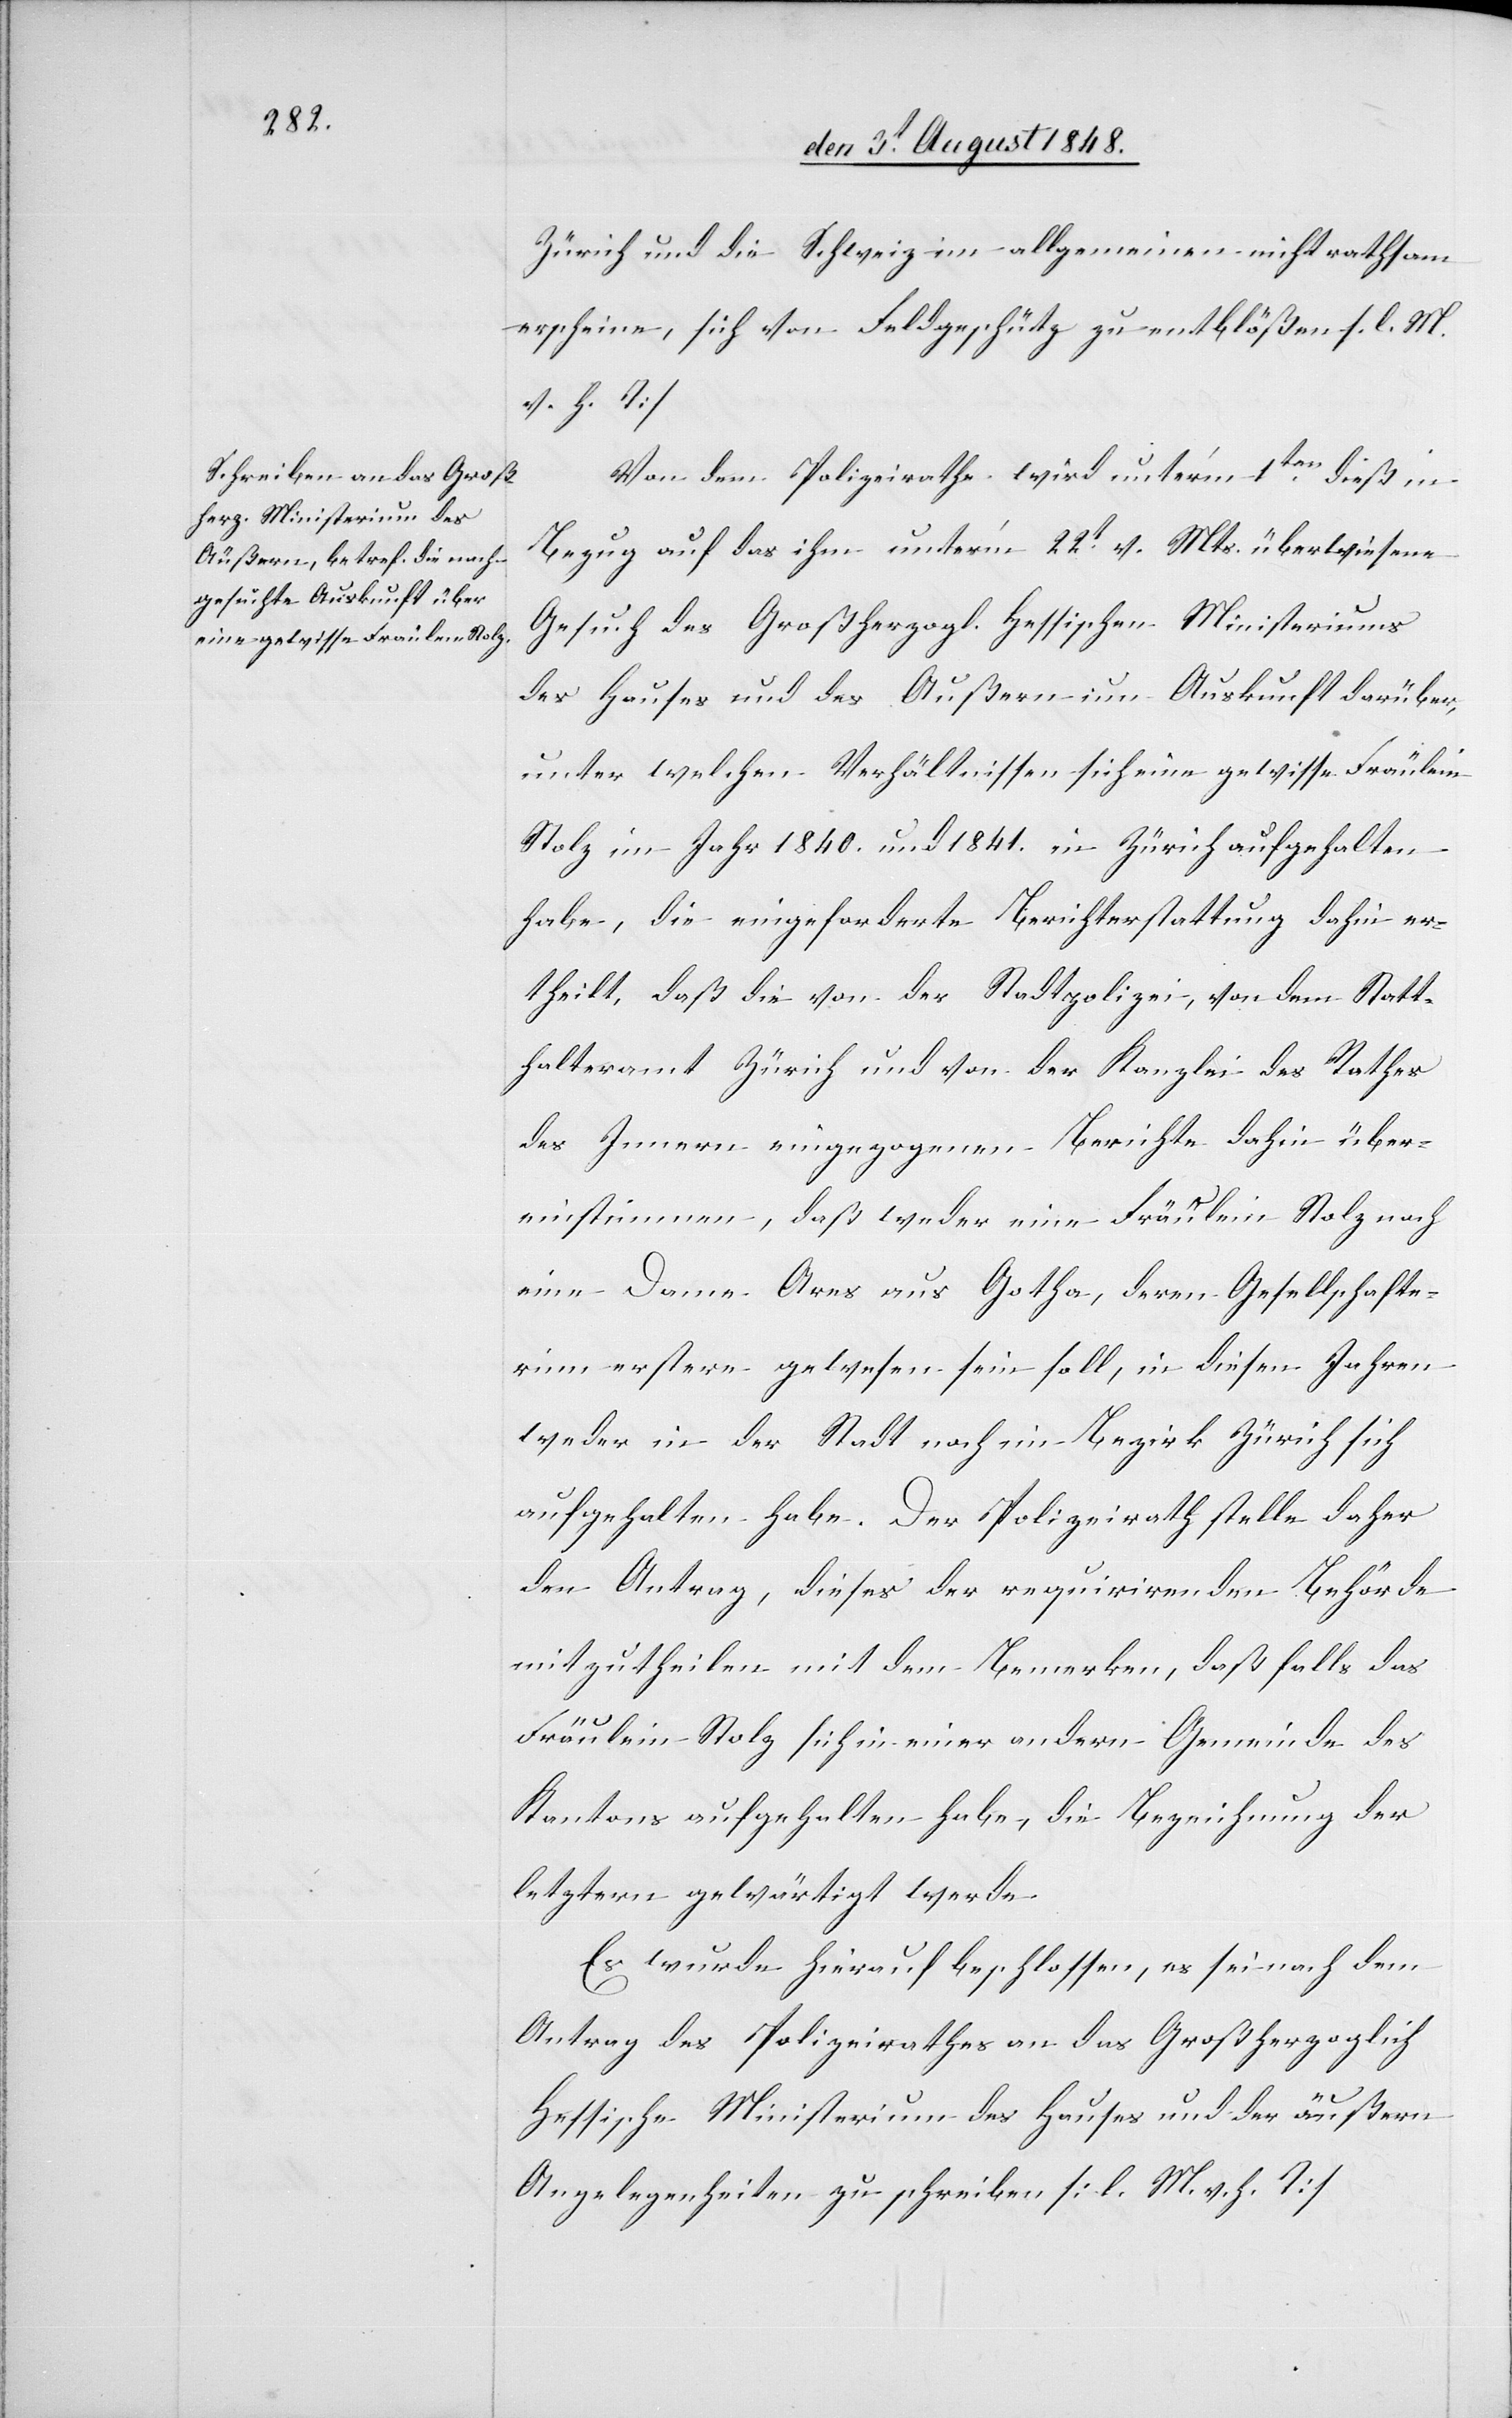
Zürich und die Schweiz im allgemeinen nicht rathsam
erscheine, sich von Feldgeschütze zu entblößen. [l. M.
v. h. T]
Von dem Polizeirathe wird unter’m 1ten dieß in
Bezug auf das ihm unter’m 22t v. Mts. überwiesene
Gesuch des Großherzogl. Hessischen Ministeriums
des Hauses und des Außern um Auskunft darüber,
unter welchen Verhältnissen sich eine gewisse Fräulein
Stolz im Jahr 1840. und 1841. in Zürich aufgehalten
habe, die eingeforderte Berichterstattung dahin er¬
theilt, daß die von der Stadtpolizei, von dem Statt¬
halteramt Zürich und von der Kanzlei des Rathes
des Innern eingezogenen Berichte dahin über¬
einstimmen, daß weder eine Fräulein Stolz noch
eine Dame Ares aus Gotha, deren Gesellschafte¬
rinn erstere gewesen sein soll, in diesen Jahren
weder in der Stadt noch im Bezirk Zürich sich
aufgehalten habe. Der Polizeirath stelle daher
den Antrag, dieses der requirirenden Behörde
mitzutheilen mit dem Bemerken, daß falls das
Fräulein Stolz sich in einer andern Gemeinde des
Kantons aufgehalten habe, die Bezeichnung der
letztern gewärtigt werde.
Es wurde hierauf beschlossen, es sei nach dem
Antrag des Polizeirathes an das Großherzoglich
Hessische Ministerium des Hauses und der äußern
Angelegenheiten zu schreiben. [l. M. v. h. T]